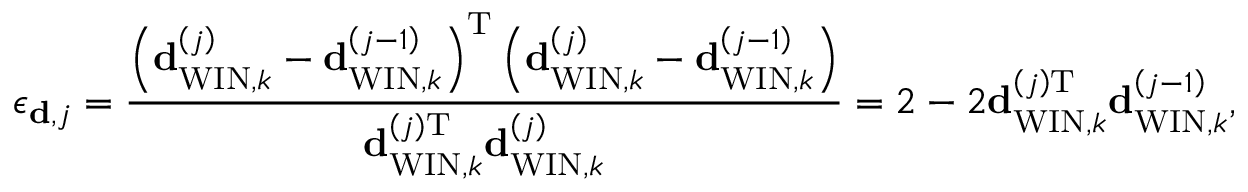
{ \epsilon _ { { \bf d } , j } } = \frac { \left( { \bf { d } } _ { \mathrm { W I N } , k } ^ { \left( j \right) } - { \bf { d } } _ { \mathrm { W I N } , k } ^ { \left( j - 1 \right) } \right) ^ { \mathrm { T } } \left( { \bf { d } } _ { \mathrm { W I N } , k } ^ { \left( j \right) } - { \bf { d } } _ { \mathrm { W I N } , k } ^ { \left( j - 1 \right) } \right) } { { \bf { d } } _ { \mathrm { W I N } , k } ^ { \left( j \right) \mathrm { T } } { \bf { d } } _ { \mathrm { W I N } , k } ^ { \left( j \right) } } = 2 - 2 { \bf { d } } _ { \mathrm { W I N } , k } ^ { \left( j \right) \mathrm { T } } { { \bf { d } } _ { \mathrm { W I N } , k } ^ { \left( j - 1 \right) } } ,